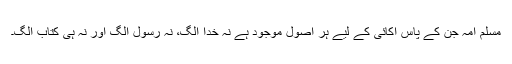
مسلم امہ جن کے پاس اکائی کے لیے ہر اصول موجود ہے نہ خدا الگ، نہ رسول الگ اور نہ ہی کتاب الگ۔